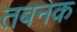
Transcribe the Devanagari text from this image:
तबनक